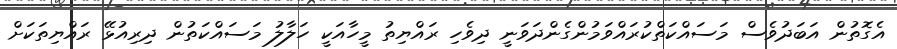
އެގޮތުން އަބަދުވެސް މަސައްކަތްކުރައްވަމުންގެންދަވަނީ ދިވެހި ރައްޔިތު މީހާއަކީ ހަލާލު މަސައްކަތުން ދިރިއުޅޭ ރައްޔިތަކަށް